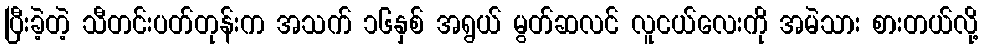
ပြီးခဲ့တဲ့ သီတင်းပတ်တုန်းက အသက် ၁၆နှစ် အရွယ် မွတ်ဆလင် လူငယ်လေးကို အမဲသား စားတယ်လို့